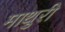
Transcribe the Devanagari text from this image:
माथुरी